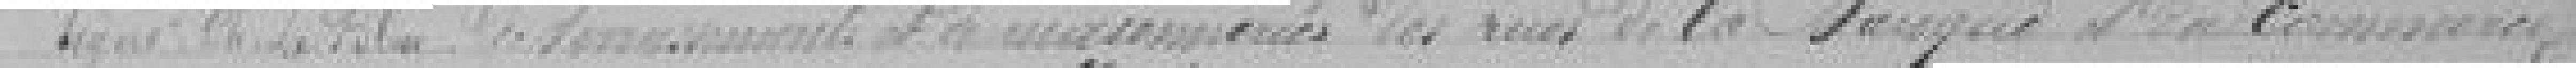
Signé : Ch. Le Bleu     de terrassement et de     des rues de la Baroque et du Commerce